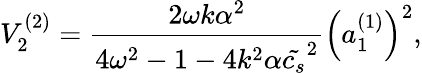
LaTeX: V_{2}^{(2)}=\frac{2\omega k\alpha^{2}}{4\omega^{2}-1-4k^{2}\alpha\tilde{c_{s}}^{2}}\left(a_{1}^{(1)}\right)^{2},